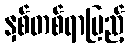
နှစ်တစ်ရာပြည့်